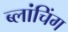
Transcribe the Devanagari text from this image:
ब्लांचिंग